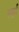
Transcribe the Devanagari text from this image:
स्व्रर्ण